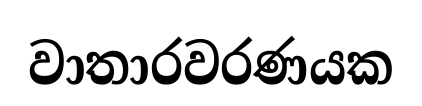
වාතාරවරණයක